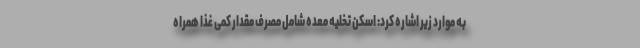
به موارد زیر اشاره کرد: اسکن تخلیه معده شامل مصرف مقدار کمی غذا همراه